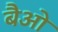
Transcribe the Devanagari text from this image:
बैओ